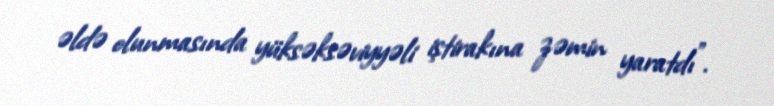
əldə olunmasında yüksəksəviyyəli iştirakına zəmin yaratdı”.